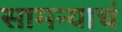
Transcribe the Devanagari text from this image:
सामन्याचं